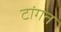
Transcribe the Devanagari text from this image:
टांगत